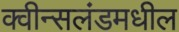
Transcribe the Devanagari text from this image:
क्वीन्सलंडमधील